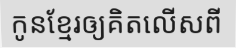
កូនខ្មែរឲ្យគិតលើសពី